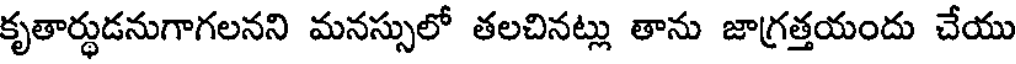
కృతార్థుడనుగాగలనని మనస్సులో తలచినట్లు తాను జాగ్రత్తయందు చేయు